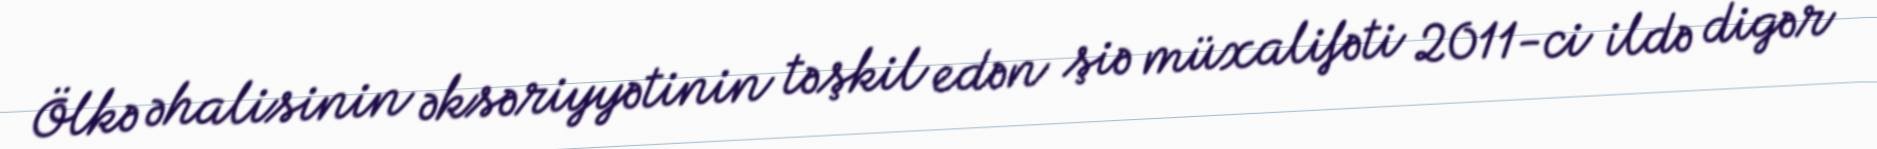
Ölkə əhalisinin əksəriyyətinin təşkil edən şiə müxalifəti 2011-ci ildə digər